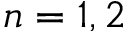
n = 1 , 2